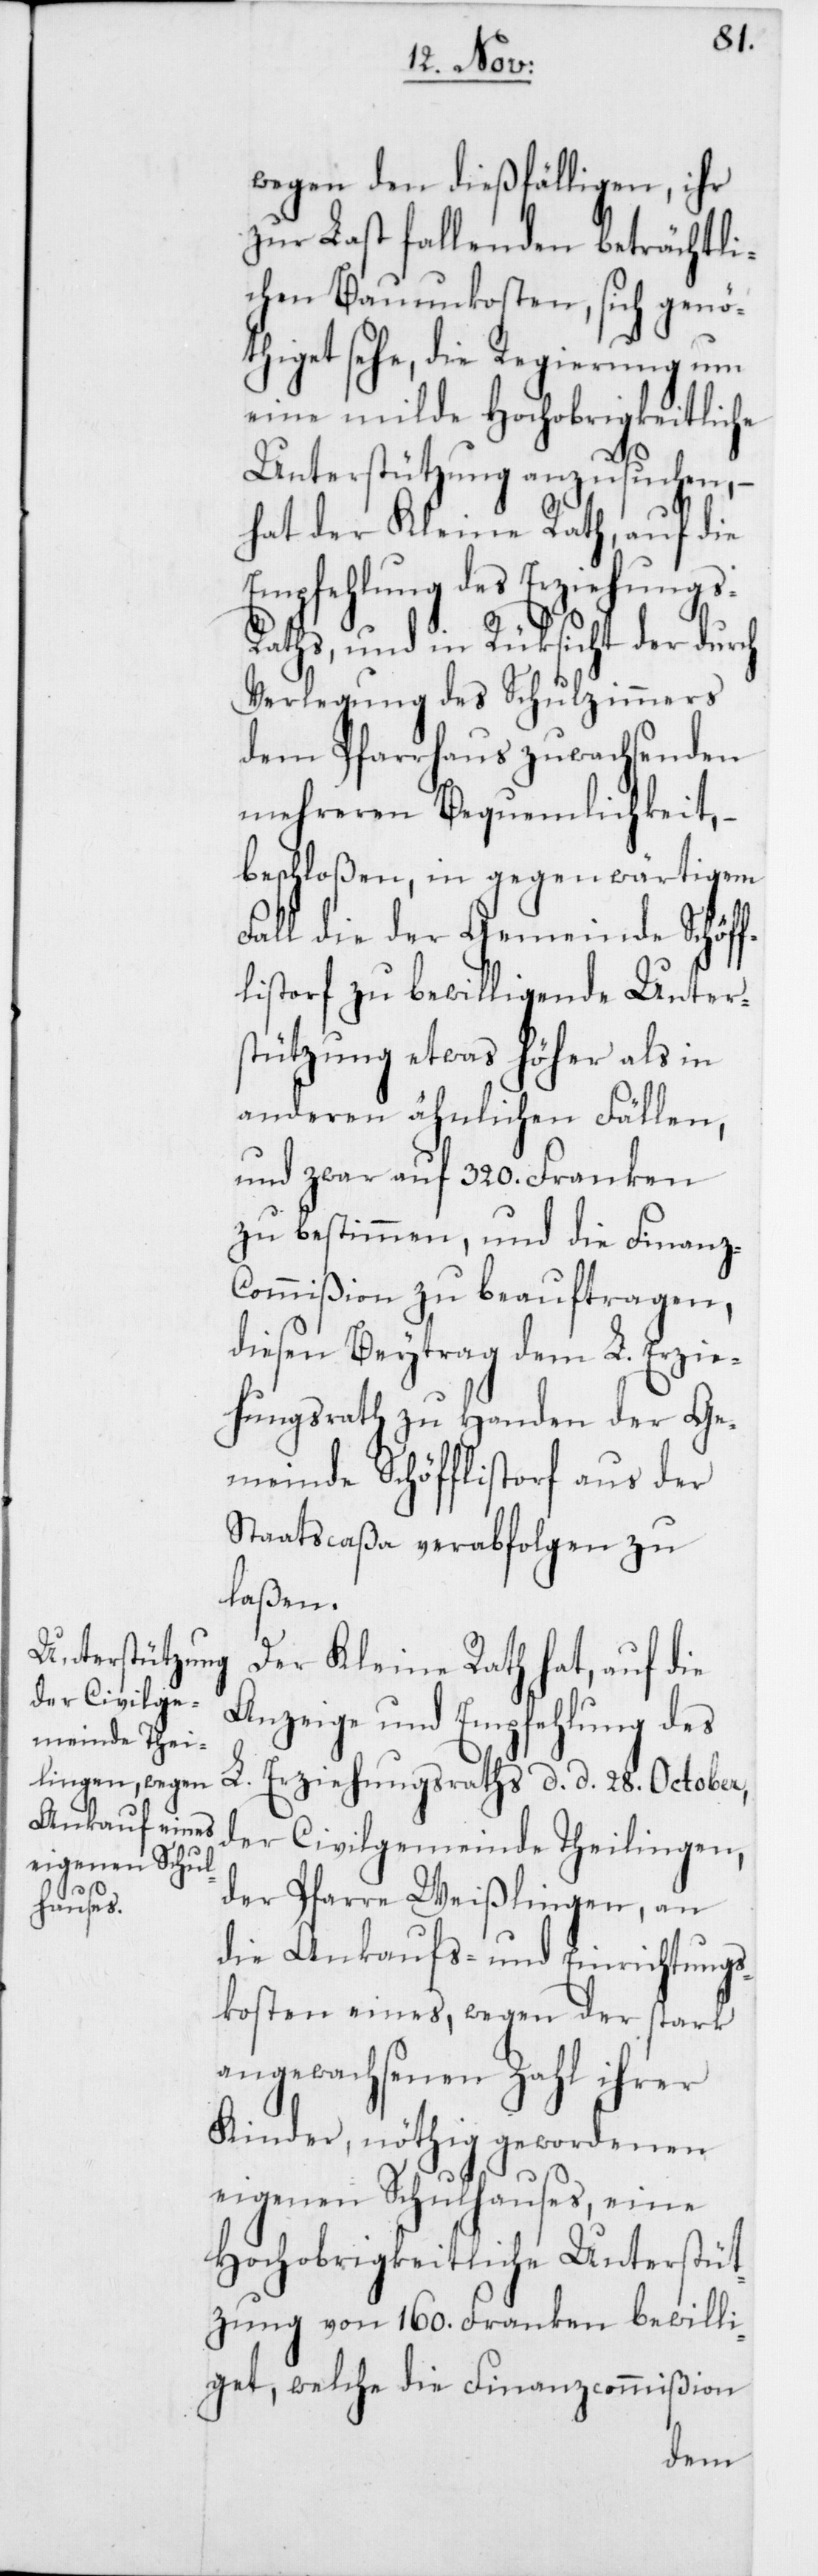
wegen den dießfälligen, ihr
zur Last fallenden beträchtli¬
chen Bauunkosten, sich genö¬
thiget sehe, die Regierung um
eine milde Hochobrigkeitliche
Unterstützung anzusuchen, –
hat der Kleine Rath, auf die
Empfehlung des Erziehung¬
s-Raths, und in Rüksicht der durch
Verlegung des Schulzimmers
dem Pfarrhaus zuwachsenden
mehreren Bequemlichkeit, –
beschloßen, in gegenwärtigem
Fall die der Gemeinde Schöff¬
listorf zu bewilligende Unter¬
stützung etwas höher als in
anderen ähnlichen Fällen,
und zwar auf 320. Franken
zu bestimmen, und die Finanz-C¬
ommißion zu beauftragen,
diesen Beytrag dem L. Erzie¬
hungsrath zu Handen der Ge¬
meinde Schöfflistorf aus der
Staatscaßa verabfolgen zu
laßen.
Der Kleine Rath hat, auf die
Anzeige und Empfehlung des
L. Erziehungsraths, d. d. 28. October,
der Civilgemeinde Theilingen,
der Pfarre Weißlingen, an
die Ankaufs- und Einrichtungs¬
kosten eines, wegen der stark
angewachsenen Zahl ihrer
Kinder, nöthig gewordenen
eigenen Schulhauses, eine
Hochobrigkeitliche Unterstüt¬
zung von 160. Franken bewilli¬
get, welche die Finanzcommißion